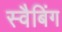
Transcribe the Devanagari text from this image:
स्वैबिंग